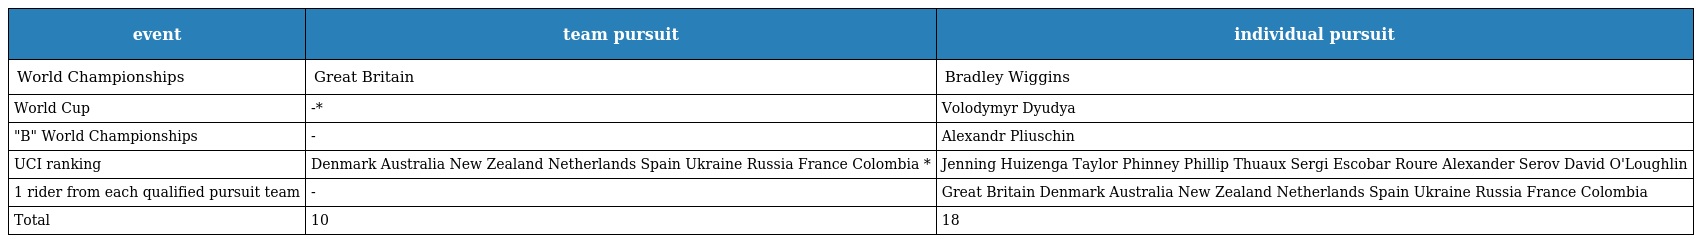
| event | team pursuit | individual pursuit |
 | --- | --- | --- |
 | World Championships | Great Britain | Bradley Wiggins |
 | World Cup | -* | Volodymyr Dyudya |
 | "B" World Championships | - | Alexandr Pliuschin |
 | UCI ranking | Denmark Australia New Zealand Netherlands Spain Ukraine Russia France Colombia * | Jenning Huizenga Taylor Phinney Phillip Thuaux Sergi Escobar Roure Alexander Serov David O'Loughlin |
 | 1 rider from each qualified pursuit team | - | Great Britain Denmark Australia New Zealand Netherlands Spain Ukraine Russia France Colombia |
 | Total | 10 | 18 |